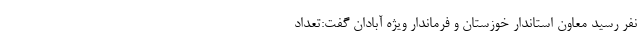
نفر رسید معاون استاندار خوزستان و فرماندار ویژه آبادان گفت:تعداد